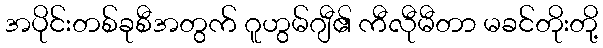
အပိုင်းတစ်ခုစီအတွက် ဂူဟွမ်ဂျီ၏ ကီလီုမီတာ မခင်တိုးတို့